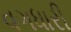
વગધારી